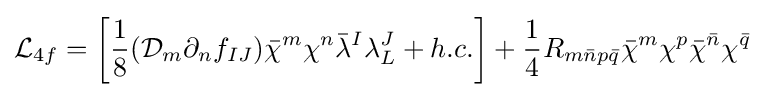
{\mathcal {L}}_{4f}={\bigg [}{\frac {1}{8}}({\mathcal {D}}_{m}\partial _{n}f_{IJ}){\bar {\chi }}^{m}\chi ^{n}{\bar {\lambda }}^{I}\lambda _{L}^{J}+h.c.{\bigg ]}+{\frac {1}{4}}R_{m{\bar {n}}p{\bar {q}}}{\bar {\chi }}^{m}\chi ^{p}{\bar {\chi }}^{\bar {n}}\chi ^{\bar {q}}